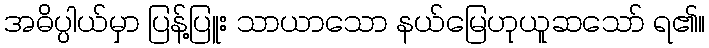
အဓိပ္ပါယ်မှာ ပြန့်ပြူး သာယာသော နယ်မြေဟုယူဆသော် ရ၏။